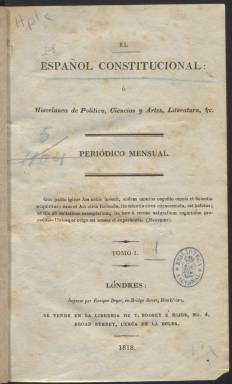
Título: El Español constitucional o Miscelánea de política ciencias y artes, literatura
Otros títulos: Miscelánea de política, ciencias y artes, literatura || Español constitucional
Colección: Cultura
Ámbito geográfico: Gran Bretaña
Lugar de publicación: Londres
Fechas: 01/09/1818-31/12/1819